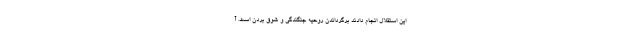
این استقلال انجام دادند برگرداندن روحیه جنگندگی و شوق بردن است. آ